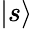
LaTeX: |s\rangle